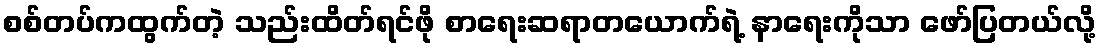
စစ်တပ်ကထွက်တဲ့ သည်းထိတ်ရင်ဖို စာရေးဆရာတယောက်ရဲ့ နာရေးကိုသာ ဖော်ပြတယ်လို့